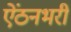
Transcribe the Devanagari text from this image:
ऐंठनभरी